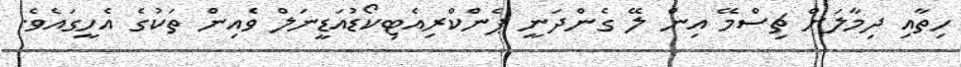
ހިތާއި ދިމާލަށް ޗިސްމޭ އިން ލޭ ގެންދަނީ ޕެންކްރިއެޓިކޯޑުއަޑީނަލް ވެއިން ތަކުގެ އެހީގައެވެ.